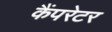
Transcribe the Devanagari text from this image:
कैंपरेटर